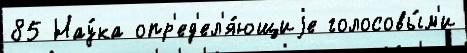
85 Нау́ка опр'ед'ел'я́ющиjе голосовы́м'и